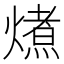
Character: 𭵽